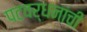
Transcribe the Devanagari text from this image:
पटवर्धनांची